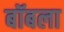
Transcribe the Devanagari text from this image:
बॉबला